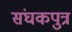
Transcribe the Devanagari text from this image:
संघकपुत्र